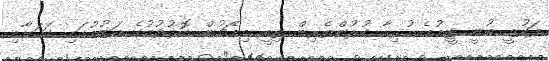
ފައުޒީ ބުނީ ޓީމުގެ ހުރިހާ ކުޅުންތެރިން ތިބީ މިމެޗުން މޮޅުވުމުގެ އަޒުމުގައި ކަމަށާއި